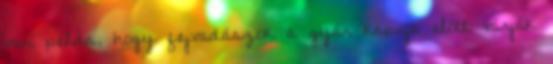
van példa, hogy fejvadászok a gyár kapuja előtt várják